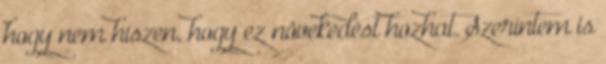
hogy nem hiszen, hogy ez növekedést hozhat. Szerintem is